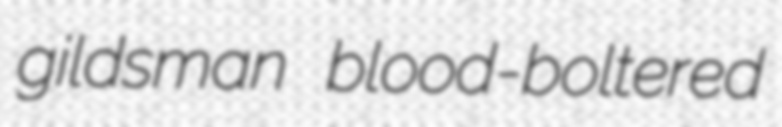
gildsman blood-boltered